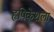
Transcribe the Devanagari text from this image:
हृषिकेशला